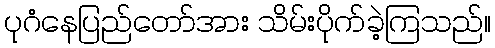
ပုဂံနေပြည်တော်အား သိမ်းပိုက်ခဲ့ကြသည်။